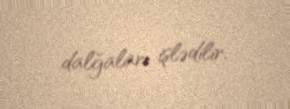
dalğaları işlədilir.